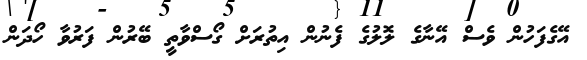
އޭގެފަހުން ވެސް އޭނާގެ ލޮލުގެ ފެނުން އިތުރަށް ގޯސްވާތީ ބޭރުން ފަރުވާ ހޯދަން